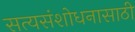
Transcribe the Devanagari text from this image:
सत्यसंशोधनासाठी